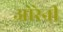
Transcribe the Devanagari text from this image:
ओरेनी